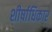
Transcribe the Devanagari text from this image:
शीर्षाधिकार